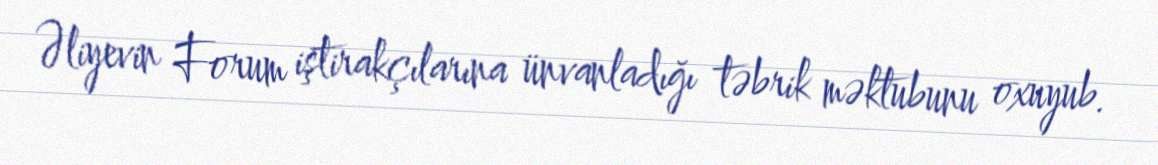
Əliyevin Forum iştirakçılarına ünvanladığı təbrik məktubunu oxuyub.